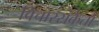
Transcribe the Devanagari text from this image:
विचारसंकेतों